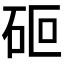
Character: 𮀏